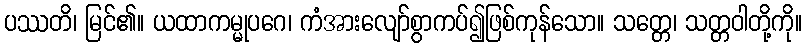
ပဿတိ၊ မြင်၏။ ယထာကမ္မုပဂေ၊ ကံအားလျော်စွာကပ်၍ဖြစ်ကုန်သော။ သတ္တေ၊ သတ္တဝါတို့ကို။